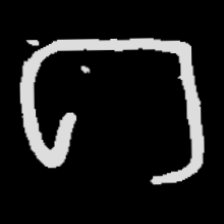
Pyu character \u2014 Myanmar letter: ဂ (romanized: ga)